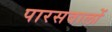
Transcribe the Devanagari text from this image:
पारसवालों